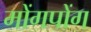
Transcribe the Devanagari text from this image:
मोंगपोंग